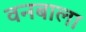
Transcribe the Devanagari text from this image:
वनबाला